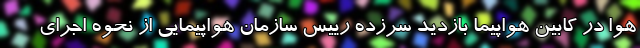
هوا در کابین هواپیما بازدید سرزده رییس سازمان هواپیمایی از نحوه اجرای